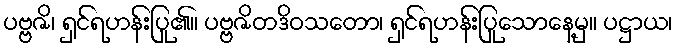
ပဗ္ဗဇိ၊ ရှင်ရဟန်းပြု၏။ ပဗ္ဗဇိတဒိဝသတော၊ ရှင်ရဟန်းပြုသောနေ့မှ။ ပဋ္ဌာယ၊